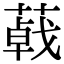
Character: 𦺩